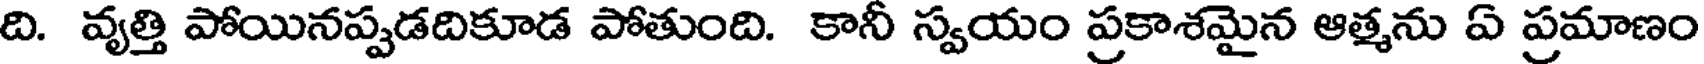
ది. వ్యత్తి పోయినప్పడదికూడ పోతుంది. కానీ స్వయం ప్రకాశమైన ఆత్మను ఏ ప్రమాణం